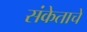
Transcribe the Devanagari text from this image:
संकेताचे